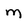
Character: m